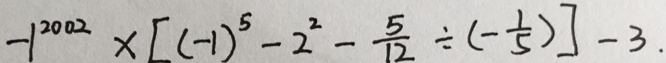
- 1 ^ { 2 0 0 2 } \times [ ( - 1 ) ^ { 5 } - 2 ^ { 2 } - \frac { 5 } { 1 2 } \div ( - \frac { 1 } { 5 } ) ] - 3 .